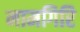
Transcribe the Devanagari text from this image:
नामगिरि